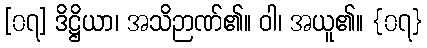
[၀၇] ဒိဋ္ဌိယာ၊ အသိဉာဏ်၏။ ဝါ၊ အယူ၏။ {၀၇}